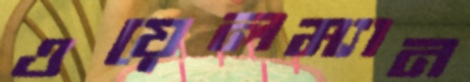
ওয়েলম্যান